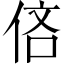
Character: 𫢧